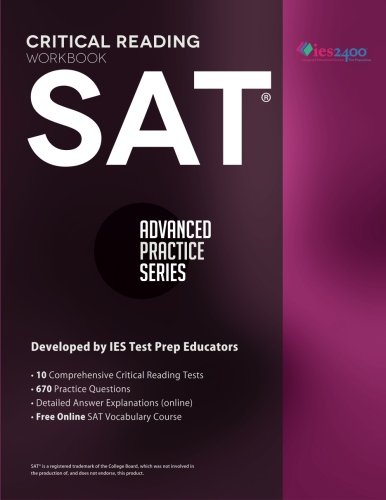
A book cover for SAT Critical Reading Workbook (Advanced Practice Series ) (Volume 4); Khalid Khashoggi; Test Preparation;